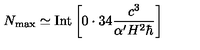
N _ { \mathrm { m a x } } \simeq \mathrm { I n t } \left\lbrack 0 \cdot 3 4 \frac { c ^ { 3 } } { \alpha ^ { \prime } H ^ { 2 } \hbar } \right\rbrack